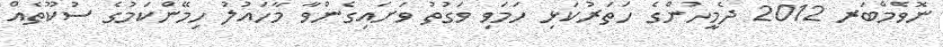
ނޮވެމްބަރ 2012 ދެމީހުންގެ ހަތަރުކަޅި ހަމަވި ވަގުތު ވަށައިގެންވާ މާހައުލު ހިމޭންކަމުގެ ސުކޫތެއް